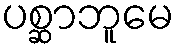
ပစ္ဆာဘူမေ